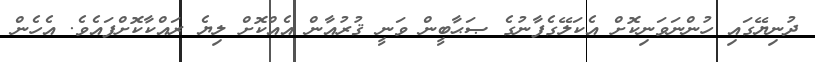
ދުނިޔޭގައި ހުންނަވަނިކޮށް އެކަލޭގެފާނުގެ ޞަޙާބީން ވަނީ ޤުރުއާން އެއްކޮށް ލިޔެ ރައްކާކޮށްފައެވެ. އެހެން